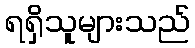
ရရှိသူများသည်